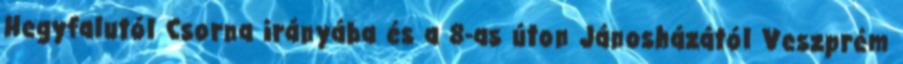
Hegyfalutól Csorna irányába és a 8-as úton Jánosházától Veszprém